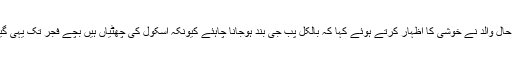
اس گیم سے پریشان حال والد نے خوشی کا اظہار کرتے ہوئے کہا کہ بالکل پب جی بند ہوجانا چاہئے کیونکہ اسکول کی چھٹیاں ہیں بچے فجر تک یہی گیم کھیلتے رہتے ہیں۔